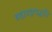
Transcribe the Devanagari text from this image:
ब्रह्मयज्ञपद्धति